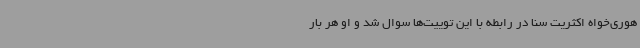
هوری‌خواه اکثریت سنا در رابطه با این توییت‌ها سوال شد و او هر بار